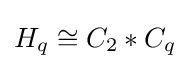
H_{q}\cong C_{2}*C_{q}